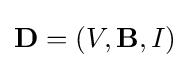
\mathbf {D} =(V,\mathbf {B} ,I)